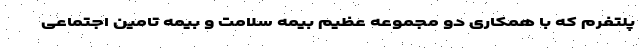
پلتفرم که با همکاری دو مجموعه عظیم بیمه سلامت و بیمه تامین اجتماعی